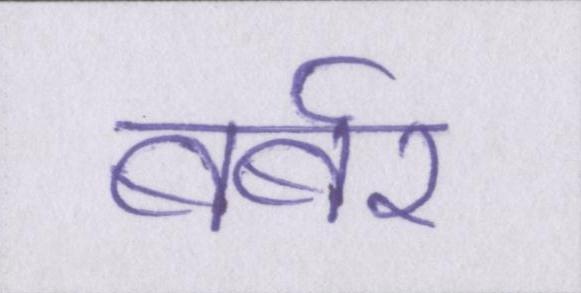
बर्बर